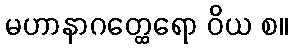
မဟာနာဂတ္ထေရော ဝိယ စ။